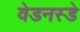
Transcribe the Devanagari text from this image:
वेडनस्डे